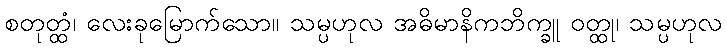
စတုတ္ထံ၊ လေးခုမြောက်သော။ သမ္ပဟုလ အဓိမာနိကဘိက္ခူ ဝတ္ထု၊ သမ္ပဟုလ